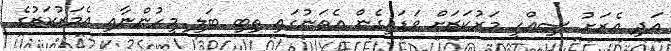
އަދި އެރަށު ސިއްހީ މަރުކަޒަށް ވަޑައިގެން އެތަނުގައި ތިބި ބަލި މީހުންނާއި އެމަރުކަޒުގެ